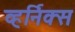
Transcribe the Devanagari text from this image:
व्हर्निक्स